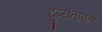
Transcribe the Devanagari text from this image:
दुष्यंताकडे